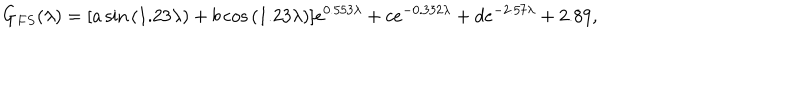
LaTeX: G _ { F S } ( \lambda ) = [ a \sin { ( 1 . 2 3 \lambda ) } + b \cos { ( 1 . 2 3 \lambda ) } ] e ^ { 0 . 5 5 3 \lambda } + c e ^ { - 0 . 3 3 2 \lambda } + d e ^ { - 2 . 5 7 \lambda } + 2 . 8 9 ,